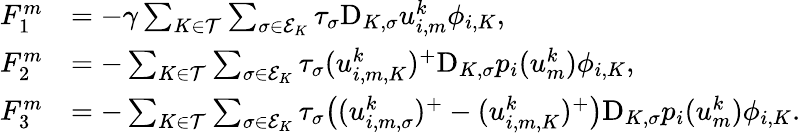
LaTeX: \begin{array}{rl}{F_{1}^{m}}&{=-\gamma\sum_{K\in{\mathcal T}}\sum_{\sigma\in{\mathcal E}_{K}}\tau_{\sigma}\mathrm{D}_{K,\sigma}u_{i,m}^{k}\phi_{i,K},}\\ {F_{2}^{m}}&{=-\sum_{K\in{\mathcal T}}\sum_{\sigma\in{\mathcal E}_{K}}\tau_{\sigma}(u_{i,m,K}^{k})^{+}\mathrm{D}_{K,\sigma}p_{i}(u_{m}^{k})\phi_{i,K},}\\ {F_{3}^{m}}&{=-\sum_{K\in{\mathcal T}}\sum_{\sigma\in{\mathcal E}_{K}}\tau_{\sigma}\big((u_{i,m,\sigma}^{k})^{+}-(u_{i,m,K}^{k})^{+}\big)\mathrm{D}_{K,\sigma}p_{i}(u_{m}^{k})\phi_{i,K}.}\end{array}